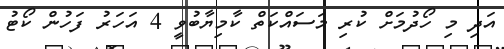
އަދި މި ހޯދުމަށް ކުރި މަސައްކަތް ކާމިޔާބުވީ 4 އަހަރު ފަހުން ކޯޓު